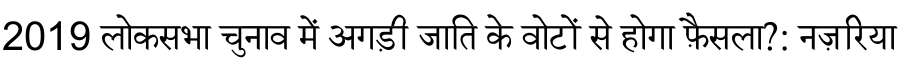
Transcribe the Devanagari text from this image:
2019 लोकसभा चुनाव में अगड़ी जाति के वोटों से होगा फ़ैसला?: नज़रिया